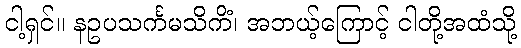
ငါ့ရှင်။ နဥပသင်္ကမသိကိံ၊ အဘယ့်ကြောင့် ငါတို့အထံသို့